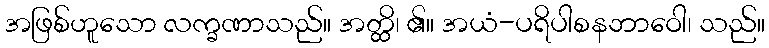
အဖြစ်ဟူသော လက္ခဏာသည်။ အတ္ထိ၊ ၏။ အယံ-ပရိပါစနဘာဝေါ၊ သည်။